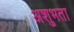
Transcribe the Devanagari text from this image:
अशुभता